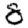
Digit: 8